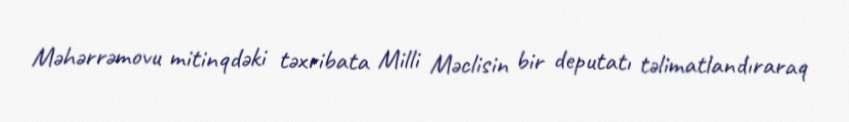
Məhərrəmovu mitinqdəki təxribata Milli Məclisin bir deputatı təlimatlandıraraq